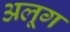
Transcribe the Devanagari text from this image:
अलूग